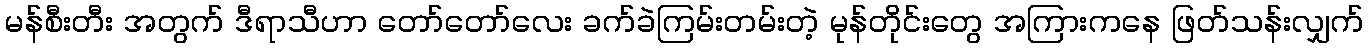
မန်စီးတီး အတွက် ဒီရာသီဟာ တော်တော်လေး ခက်ခဲကြမ်းတမ်းတဲ့ မုန်တိုင်းတွေ အကြားကနေ ဖြတ်သန်းလျှက်